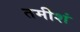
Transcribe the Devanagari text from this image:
तमीशं